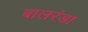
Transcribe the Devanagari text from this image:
बालरंडा